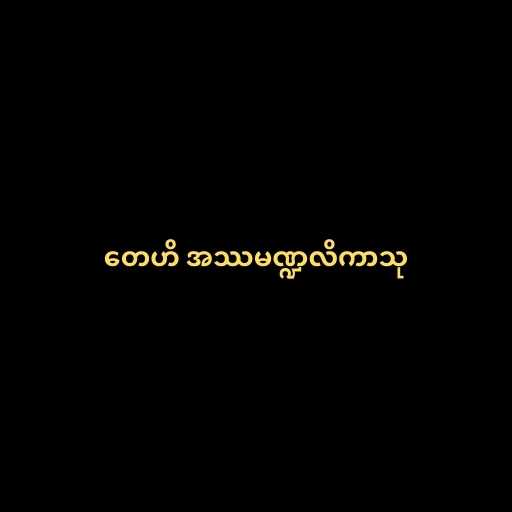
တေဟိ အဿမဏ္ဍလိကာသု